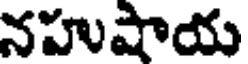
నహుషాయ